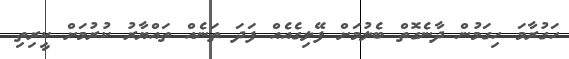
ހަގުރާމަ ހިގަމުން ދާނެގޮތް ބެލުމަށް ފޭލިގެއެއް ފަދަ ތަނެއް ތައްޔާރު ކުރުމަށް ކީރިތި